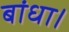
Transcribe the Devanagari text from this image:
बांधा।